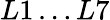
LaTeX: L1\ldots L7